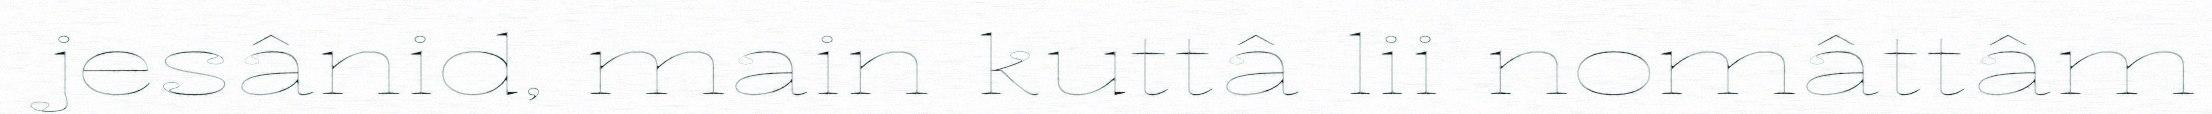
jesânid, main kuttâ lii nomâttâm